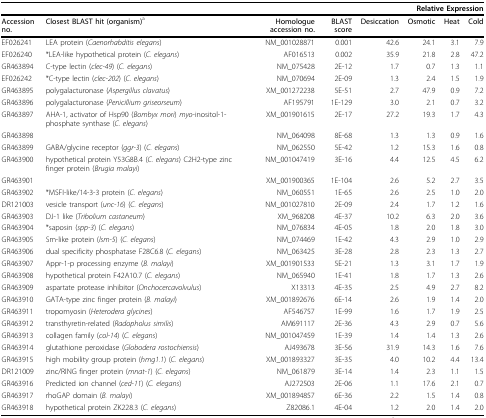
<table><thead><tr><td colspan="8"><b>Relative Expression</b></td></tr></thead><tbody><tr><td><b>Accession no.</b></td><td><b>Closest BLAST hit (organism)</b><sup>a</sup></td><td><b>Homologue accession no. </b></td><td><b>BLAST score</b></td><td><b>Desiccation</b></td><td><b>Osmotic</b></td><td><b>Heat</b></td><td><b>Cold</b></td></tr><tr><td>EF026241</td><td>LEA protein (<i>Caenorhabditis elegans</i>)</td><td>NM_001028871</td><td>0.001</td><td>42.6</td><td>24.1</td><td>3.1</td><td>7.9</td></tr><tr><td>EF026240</td><td>*LEA-like hypothetical protein (<i>C. elegans</i>)</td><td>AF016513</td><td>0.002</td><td>35.9</td><td>21.8</td><td>2.8</td><td>47.2</td></tr><tr><td>GR463894</td><td>C-type lectin (<i>clec-49</i>) (<i>C. elegans</i>)</td><td>NM_075428</td><td>2E-12</td><td>1.7</td><td>0.7</td><td>1.3</td><td>1.1</td></tr><tr><td>EF026242</td><td>*C-type lectin (<i>clec-202</i>) (<i>C. elegans</i>)</td><td>NM_070694</td><td>2E-09</td><td>1.3</td><td>2.4</td><td>1.5</td><td>1.9</td></tr><tr><td>GR463895</td><td>polygalacturonase (<i>Aspergillus clavatus</i>)</td><td>XM_001272238</td><td>5E-51</td><td>2.7</td><td>47.9</td><td>0.9</td><td>7.2</td></tr><tr><td>GR463896</td><td>polygalacturonase (<i>Penicillium griseorseum</i>)</td><td>AF195791</td><td>1E-129</td><td>3.0</td><td>2.1</td><td>0.7</td><td>3.2</td></tr><tr><td>GR463897</td><td>AHA-1, activator of Hsp90 (<i>Bombyx mori</i>) <i>myo</i>-inositol-1-phosphate synthase (<i>C. elegans</i>)</td><td>XM_001901615</td><td>2E-17</td><td>27.2</td><td>19.3</td><td>1.7</td><td>4.3</td></tr><tr><td>GR463898</td><td></td><td>NM_064098</td><td>8E-68</td><td>1.3</td><td>1.3</td><td>0.9</td><td>1.6</td></tr><tr><td>GR463899</td><td>GABA/glycine receptor (<i>ggr-3</i>) (<i>C. elegans</i>)</td><td>NM_062550</td><td>5E-42</td><td>1.2</td><td>15.3</td><td>1.6</td><td>0.8</td></tr><tr><td>GR463900</td><td>hypothetical protein Y53G8B.4 (<i>C. elegans</i>) C2H2-type zinc finger protein (<i>Brugia malayi</i>)</td><td>NM_001047419</td><td>3E-16</td><td>4.4</td><td>12.5</td><td>4.5</td><td>6.2</td></tr><tr><td>GR463901</td><td></td><td>XM_001900365</td><td>1E-104</td><td>2.6</td><td>5.2</td><td>2.7</td><td>3.5</td></tr><tr><td>GR463902</td><td>*MSFI-like/14-3-3 protein (<i>C. elegans</i>)</td><td>NM_060551</td><td>1E-65</td><td>2.6</td><td>2.5</td><td>1.0</td><td>2.0</td></tr><tr><td>DR121003</td><td>vesicle transport (<i>unc-16</i>) (<i>C. elegans</i>)</td><td>NM_001027810</td><td>2E-09</td><td>2.4</td><td>1.7</td><td>1.2</td><td>1.6</td></tr><tr><td>GR463903</td><td>DJ-1 like (<i>Tribolium castaneum</i>)</td><td>XM_968208</td><td>4E-37</td><td>10.2</td><td>6.3</td><td>2.0</td><td>3.6</td></tr><tr><td>GR463904</td><td>*saposin (<i>spp-3</i>) (<i>C. elegans</i>)</td><td>NM_076834</td><td>4E-05</td><td>1.8</td><td>2.0</td><td>1.8</td><td>3.0</td></tr><tr><td>GR463905</td><td>Sm-like protein (<i>lsm-5</i>) (<i>C. elegans</i>)</td><td>NM_074469</td><td>1E-42</td><td>4.3</td><td>2.9</td><td>1.0</td><td>2.9</td></tr><tr><td>GR463906</td><td>dual specificity phosphatase F28C6.8 (<i>C. elegans</i>)</td><td>NM_063425</td><td>3E-28</td><td>2.8</td><td>2.3</td><td>1.3</td><td>2.7</td></tr><tr><td>GR463907</td><td>Appr-1-p processing enzyme (<i>B. malayi</i>)</td><td>XM_001901533</td><td>5E-21</td><td>1.3</td><td>3.1</td><td>1.7</td><td>1.9</td></tr><tr><td>GR463908</td><td>hypothetical protein F42A10.7 (<i>C. elegans</i>)</td><td>NM_065940</td><td>1E-41</td><td>1.8</td><td>1.7</td><td>1.3</td><td>2.6</td></tr><tr><td>GR463909</td><td>aspartate protease inhibitor (<i>Onchocercavolvulus</i>)</td><td>X13313</td><td>4E-35</td><td>2.5</td><td>4.9</td><td>2.7</td><td>8.2</td></tr><tr><td>GR463910</td><td>GATA-type zinc finger protein (<i>B. malayi</i>)</td><td>XM_001892676</td><td>6E-14</td><td>2.6</td><td>1.9</td><td>1.4</td><td>2.0</td></tr><tr><td>GR463911</td><td>tropomyosin (<i>Heterodera glycines</i>)</td><td>AF546757</td><td>1E-99</td><td>1.6</td><td>1.7</td><td>1.9</td><td>2.5</td></tr><tr><td>GR463912</td><td>transthyretin-related (<i>Radopholus similis</i>)</td><td>AM691117</td><td>2E-36</td><td>4.3</td><td>2.9</td><td>0.7</td><td>5.6</td></tr><tr><td>GR463913</td><td>collagen family (<i>col-14</i>) (<i>C. elegans</i>)</td><td>NM_001047459</td><td>1E-39</td><td>1.4</td><td>1.4</td><td>1.3</td><td>2.6</td></tr><tr><td>GR463914</td><td>glutathione peroxidase (<i>Globodera rostochiensis</i>)</td><td>AJ493678</td><td>3E-56</td><td>31.9</td><td>14.3</td><td>1.6</td><td>7.6</td></tr><tr><td>GR463915</td><td>high mobility group protein (<i>hmg1.1</i>) (<i>C. elegans</i>)</td><td>XM_001893327</td><td>3E-35</td><td>4.0</td><td>10.2</td><td>4.4</td><td>13.4</td></tr><tr><td>DR121009</td><td>zinc/RING finger protein (<i>mnat-1</i>) (<i>C. elegans</i>)</td><td>NM_061879</td><td>3E-14</td><td>1.4</td><td>2.3</td><td>1.1</td><td>1.5</td></tr><tr><td>GR463916</td><td>Predicted ion channel (<i>ced-11</i>) (<i>C. elegans</i>)</td><td>AJ272503</td><td>2E-06</td><td>1.1</td><td>17.6</td><td>2.1</td><td>0.7</td></tr><tr><td>GR463917</td><td>rhoGAP domain (<i>B. malayi</i>)</td><td>XM_001894857</td><td>6E-36</td><td>2.2</td><td>1.5</td><td>1.4</td><td>0.8</td></tr><tr><td>GR463918</td><td>hypothetical protein ZK228.3 (<i>C. elegans</i>)</td><td>Z82086.1</td><td>4E-04</td><td>1.2</td><td>2.0</td><td>1.4</td><td>2.0</td></tr></tbody></table>